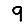
Digit: 9